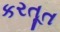
કરતૂત